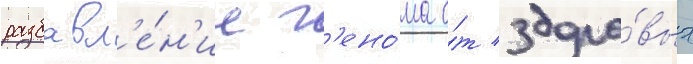
разбавл'е́н'ие г'ено́ма о́т здоро́вых